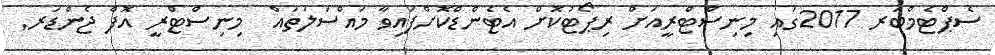
ސެޕްޓެމްބަރ 2017ގައި މިނިސްޓްރީއަށް ރިޕޯޓުކޮށް އެޓެންޑްކޮށްފައިވާ މައްސަލަތައް  މިނިސްޓްރީ އޮފް ޖެންޑަރ